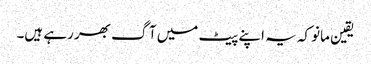
یقین مانو کہ یہ اپنے پیٹ میں آگ بھر رہے ہیں۔